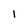
Character: l